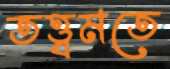
তত্ত্বমতে